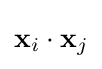
\mathbf {x} _{i}\cdot \mathbf {x} _{j}